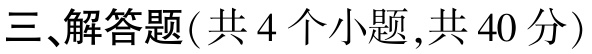
三、解答题(共 4 个小题,共 40 分)